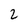
Character: 2